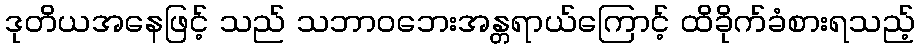
ဒုတိယအနေဖြင့် သည် သဘာဝဘေးအန္တရာယ်ကြောင့် ထိခိုက်ခံစားရသည့်